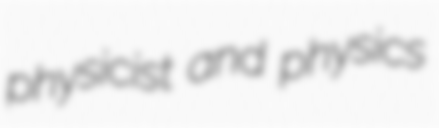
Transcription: physicist and physics